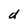
Character: d